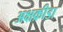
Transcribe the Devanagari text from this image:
अक्षक्रीडा